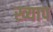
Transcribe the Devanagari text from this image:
ख्याप